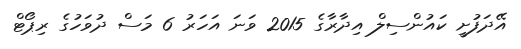
އޭދަފުށީ ކައުންސިލް އިދާރާގެ 2015 ވަނަ އަހަރު 6 މަސް ދުވަހުގެ ރިޕޯޓް